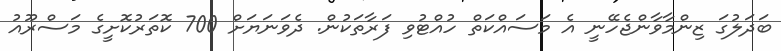
ބަދަލުގަ ޒިންމާވާންޖެހޭނީ އެ މަސައްކަތް ހުއްޓުވި ފަރާތަކުން. ދެވަނަޔަށް 700 ކޮތަރުކޮށީގެ މަސްރޫއު